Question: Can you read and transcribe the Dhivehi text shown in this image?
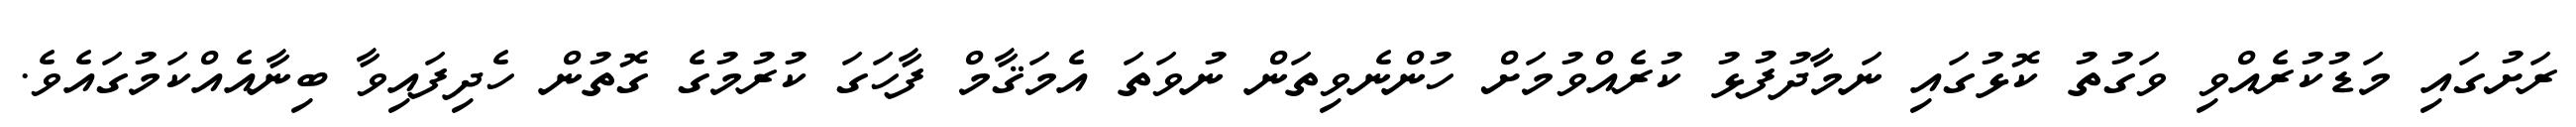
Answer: ރަށުގައި މަޑުކުރެއްވި ވަގުތު ކޮޅުގައި ނަމާދުފުޅު ކުރެއްވުމަށް ހުންނެވިތަން ނުވަތަ އެމަޤާމް ފާހަގަ ކުރުމުގެ ގޮތުން ހެދިފައިވާ ބިނާއެއްކަމުގައެވެ.